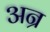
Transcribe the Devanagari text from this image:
अन्र